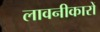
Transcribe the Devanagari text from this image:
लावनीकारों